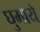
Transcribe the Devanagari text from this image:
घुमाये